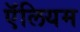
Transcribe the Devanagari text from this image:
ऍलियम